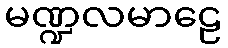
မဏ္ဍလမာဠေ